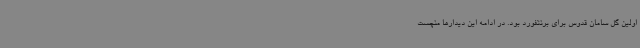
اولین گل سامان قدوس برای برنتفورد بود. در ادامه این دیدارها منچست